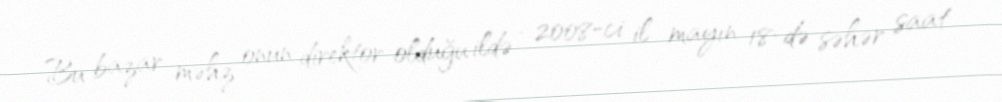
Bu bazar məhz onun direktor olduğu ildə - 2008-ci il mayın 18-də səhər saat